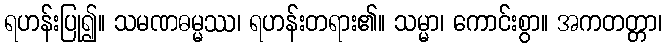
ရဟန်းပြု၍။ သမဏဓမ္မဿ၊ ရဟန်းတရား၏။ သမ္မာ၊ ကောင်းစွာ။ အကတတ္တာ၊